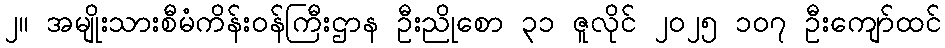
၂။ အမျိုးသားစီမံကိန်းဝန်ကြီးဌာန ဦးညိုစော ၃၁ ဇူလိုင် ၂၀၂၅ ၁၀၇ ဦးကျော်ထင်